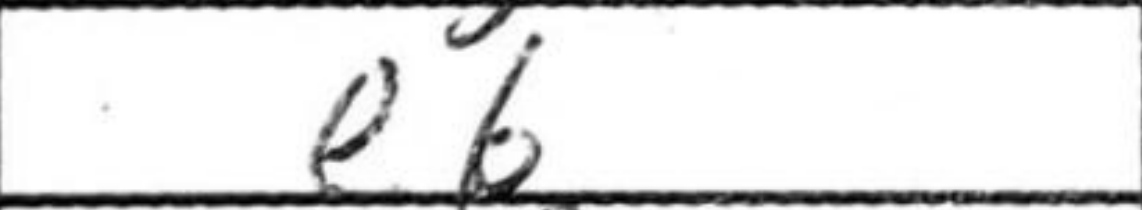
Transcription: e6